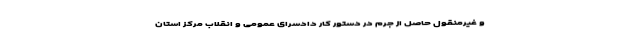
و غیرمنقول حاصل از جرم در دستور کار دادسرای عمومی و انقلاب مرکز استان